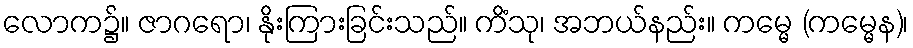
လောက၌။ ဇာဂရော၊ နိုးကြားခြင်းသည်။ ကိံသု၊ အဘယ်နည်း။ ကမ္မေ (ကမ္မေန)၊